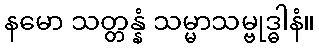
နမော သတ္တန္နံ သမ္မာသမ္ဗုဒ္ဓါနံ။